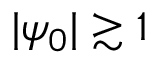
| \psi _ { 0 } | \gtrsim 1